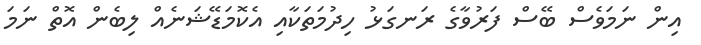
އިން ނަމަވެސް ބޭސް ފަރުވާގެ ރަނގަޅު ހިދުމަތަކާއި އެކޮމަޑޭޝަނެއް ލިބެން އޮތް ނަމަ